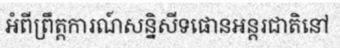
អំពីព្រឹត្តការណ៍សន្និសីទផោនអន្តរជាតិនៅ